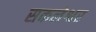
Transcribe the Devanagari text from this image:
सकलेश्वर